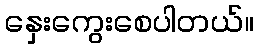
နှေးကွေးစေပါတယ်။